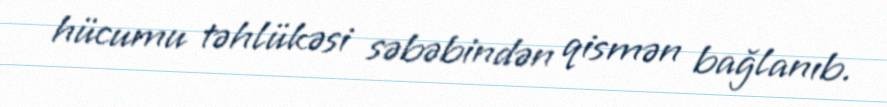
hücumu təhlükəsi səbəbindən qismən bağlanıb.